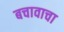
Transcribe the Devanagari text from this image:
बचावाचा